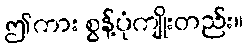
ဤကား စွန့်ပုံကျိုးတည်း။